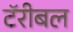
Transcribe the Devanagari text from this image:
टॅरीबल